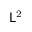
{ \mathsf { L } } ^ { 2 }